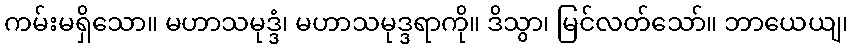
ကမ်းမရှိသော။ မဟာသမုဒ္ဒံ၊ မဟာသမုဒ္ဒရာကို။ ဒိသွာ၊ မြင်လတ်သော်။ ဘာယေယျ၊